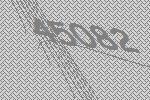
45082